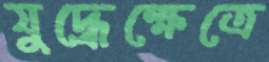
যুদ্ধেক্ষেত্রে